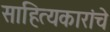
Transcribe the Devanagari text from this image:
साहित्यकारांचे